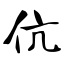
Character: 伉